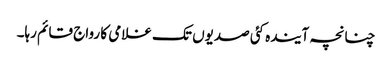
چنانچہ آیندہ کئی صدیوں تک غلامی کا رواج قائم رہا۔